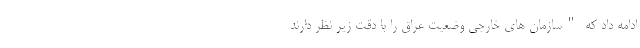
ادامه داد که "سازمان های خارجی وضعیت عراق را با دقت زیر نظر دارند